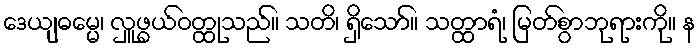
ဒေယျဓမ္မေ၊ လှူဖွယ်ဝတ္ထုသည်။ သတိ၊ ရှိသော်။ သတ္ထာရံ၊ မြတ်စွာဘုရားကို။ န